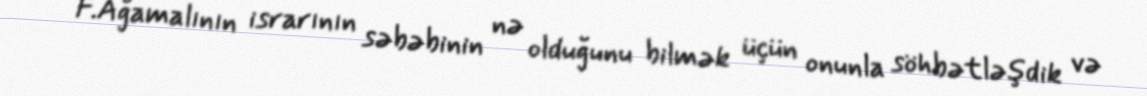
F.Ağamalının israrının səbəbinin nə olduğunu bilmək üçün onunla söhbətləşdik və